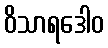
ဝိသာရဒေါဝ